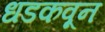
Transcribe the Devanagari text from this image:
धडकवून